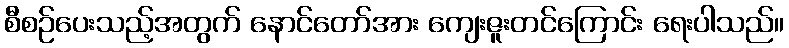
စီစဉ်ပေးသည့်အတွက် နောင်တော်အား ကျေးဇူးတင်ကြောင်း ရေးပါသည်။